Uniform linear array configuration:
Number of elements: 48
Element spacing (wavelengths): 0.5
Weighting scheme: hann
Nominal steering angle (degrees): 30
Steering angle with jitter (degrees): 31.617
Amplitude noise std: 0.05
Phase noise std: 0.05

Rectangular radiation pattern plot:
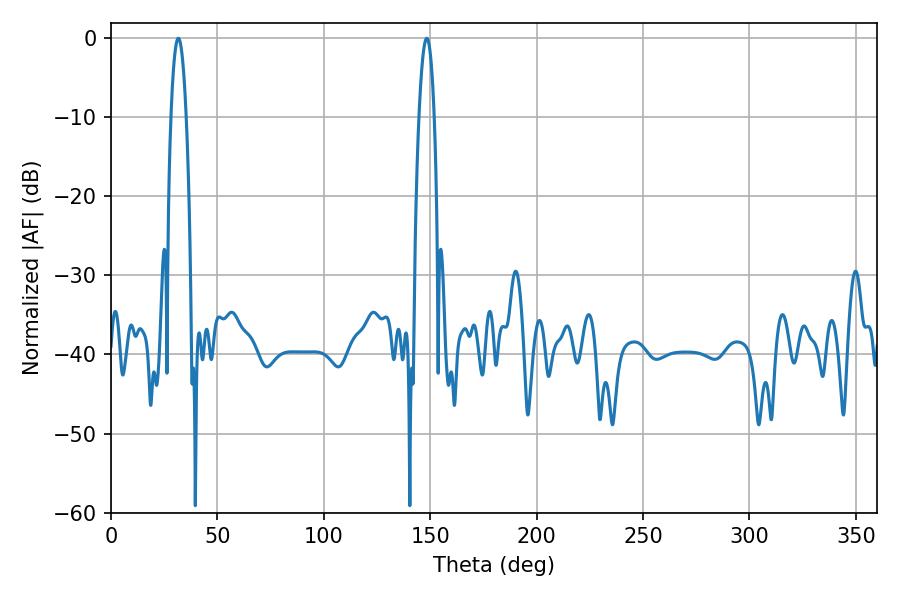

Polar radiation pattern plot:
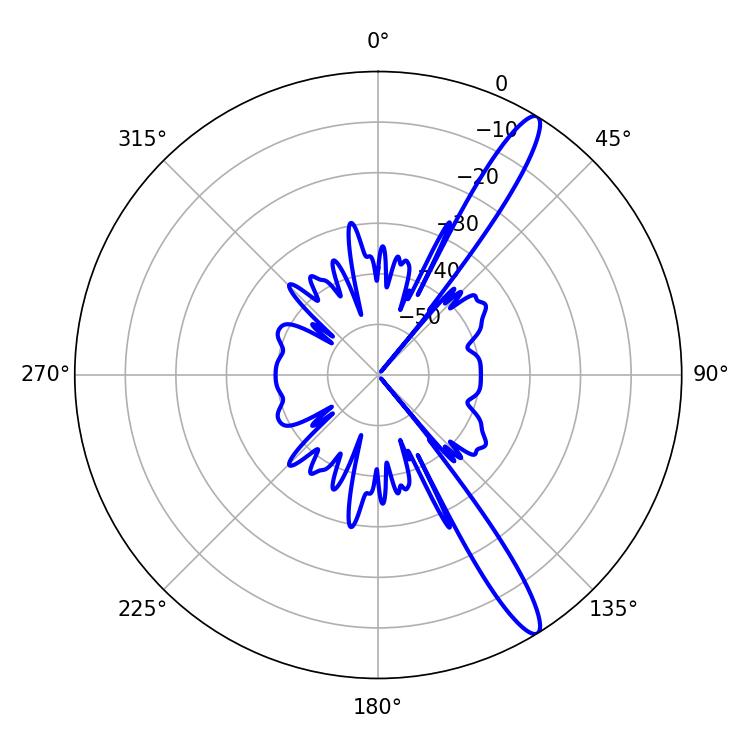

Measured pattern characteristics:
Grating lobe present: FALSE
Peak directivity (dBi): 14.048
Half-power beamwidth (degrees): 3.96
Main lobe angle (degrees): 148.32